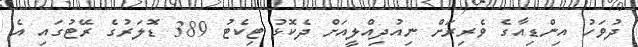
ދުވަހު އިންޑިއާގެ ވެރިރަށް ނިއުދިއްލީއަށް ދެކޮޅު ޓިކެޓު 389 ޑޮލަރުގެ ރޭޓުގައި އެ